Sanitation, dispensaries and jails vaccination Rajputana 1922-1927 - 1922-1927
Year: 1922
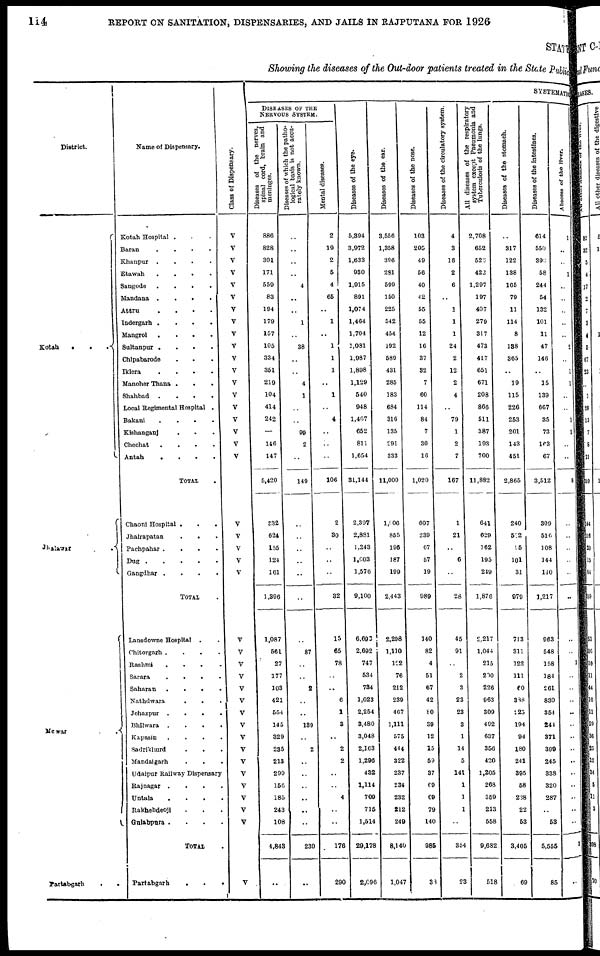
114
REPORT ON SANITATION, DISPENSARIES, AND JAILS IN RAJPUTANA FOR 1926
STATE
Showing the diseases of the Out-door patients treated in the State Public
District.
Kotah...
Jhalawar ..
Mewar
..
Partabgarh
..
Name of Dispensary.
Kotah Hospital ...
Baran
....
Khanpur ....
Etawah ....
Sangode
....
Mandana
....
Attra
....
Indergarh ....
Mangrol
.
.
.
.
Sultanpur .
.
.
.
Chipabarode ....
Iklera
.
.
.
.
Manoher Thana ...
Shahbad
.
.
.
.
Local Regimental Hospital .
Bakani
.
.
.
.
Kishanganj ....
Chechat
.
.
.
.
Antah
.
.
.
.
TOTAL .
Chaoni Hospital ...
Jhalrapatan
...
Pachpahar .
.
.
.
Dug
Gangdhar ....
TOTAL .
Lansdowne Hospital ..
Chitorgarh .
.
.
.
Rashmi
.
.
.
.
Sarara
.
.
.
.
Saharan
.
.
.
.
Nathdwara ....
Jehazpur
.
.
.
.
Bhilwara
.
.
.
.
Kapasin
.
.
.
.
Sadrikhurd ....
Mandalgarh
.
.
.
Udaipur Railway Dispensary
Rajnagar
.
.
.
.
Untala
.
.
.
.
Rakhebdeoji ....
Gulabpura .
.
.
.
TOTAL .
Partabgarh
.
.
.
Class of Dispensary.
V
V
V
V
V
V
V
V
V
V
V
V
V
V
V
V
V
V
V
V
V
V
V
V
V
V
V
V
V
V
V
V
V
V
V
V
V
V
V
V
V
SYSTEMATIC
DISEASES OF THE
NERVOUS SYSTEM.
Diseases of the nerves,
spinal cord, brain and
meninges.
886
828
301
171
559
83
194
179
157
105
334
351
219
104
414
242
..
146
147
5,420
832
624
155
124
161
1,396
1,087
561
27
177
103
421
554
145
329
235
213
299
156
185
243
108
4,843
..
Diseases of which the patho-
logical basis is not accu-
rately known.
..
..
..
..
4
..
..
1
..
38
..
..
4
1
..
..
99
2
..
149
..
..
..
..
..
..
..
87
..
..
2
..
..
139
..
2
..
..
..
..
..
..
230
..
Mental diseases.
2
19
2
5
4
65
..
1
..
1
1
1
..
1
..
4
..
..
..
106
2
30
..
..
..
32
15
65
78
..
..
6
1
3
..
2
2
..
..
4
..
..
176
290
Diseases of the eye.
5,394
3,972
1,633
930
1,915
891
1,074
1,464
1,704
1,081
1,987
1,898
1,129
540
948
1,467
652
811
1,654
31,144
2,397
2,881
1,243
1,003
1,576
9,100
6,693
2,692
747
534
734
1,023
2,254
3,480
3,048
2,163
1,296
432
1,114
709
715
1,514
29,178
2,096
Diseases of the ear.
3,556
1,358
396
281
599
150
225
542
454
192
589
431
285
183
684
316
135
291
333
11,000
1,006
855
196
187
199
2,443
2,298
1,110
122
76
212
239
467
1,111
575
444
322
237
234
232
212
249
8,140
1,047
Diseases of the nose.
103
205
49
56
40
42
55
55
12
16
37
32
7
60
114
84
7
30
16
1,020
607
239
67
57
19
989
140
82
4
51
67
42
80
39
12
15
59
37
69
69
79
140
985
30
Diseases of the circulatory system.
4
3
16
2
6
..
1
1
1
24
2
12
2
4
..
79
1
2
7
167
1
21
..
6
..
28
45
91
..
2
3
23
23
3
1
14
5
141
1
1
1
..
354
23
All diseases of the respiratory
system except Pneumonia and
Tuberculosis of the lungs.
2,708
652
526
422
1,297
197
407
279
317
473
417
651
671
208
866
511
387
193
700
11,882
641
629
162
195
249
1,876
2,217
1,044
215
200
226
963
309
492
637
356
420
1,205
268
359
213
558
9,682
518
Diseases of the stomach.
..
317
122
138
165
79
11
114
8
138
365
..
19
115
226
253
201
143
451
2,865
240
512
95
101
31
979
713
311
122
111
60
388
225
194
94
180
241
395
58
238
22
53
3,405
69
Diseases of the intestines.
614
550
395
58
244
54
132
101
11
47
146
..
15
139
667
35
73
163
67
3,512
309
516
108
144
140
1,217
963
548
158
184
261
830
354
241
371
399
245
338
320
287
..
53
5,555
85
Abscess of the liver.
1
..
..
1
..
..
..
..
..
2
..
1
1
..
..
1
1
..
..
8
..
..
..
..
..
..
..
..
..
..
..
..
..
..
..
..
..
..
..
..
..
..
3
..